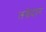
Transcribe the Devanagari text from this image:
तबेदार